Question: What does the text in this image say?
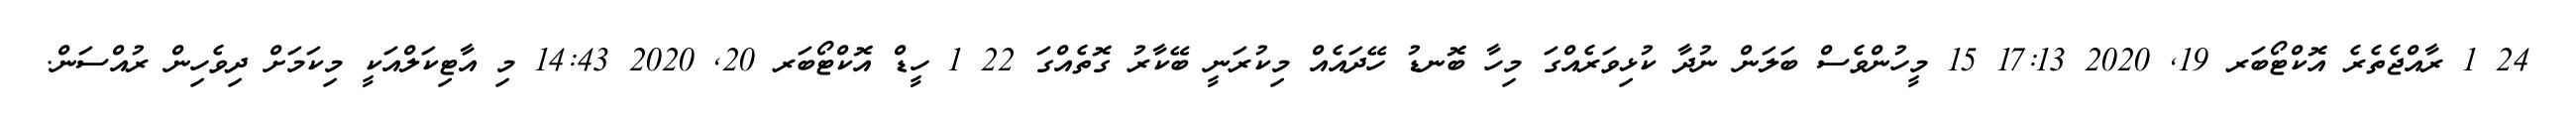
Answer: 24 1 ރާއްޖެތެރެ އޮކްޓޯބަރ 19, 2020 17:13 15 މީހުންވެސް ބަލަން ނުދާ ކުޅިވަރެއްގަ މިހާ ބޮނޑު ހޭދައެއް މިކުރަނީ ބޭކާރު ގޮތެއްގަ 22 1 ހީޑް އޮކްޓޯބަރ 20, 2020 14:43 މި އާޓިކަލްއަކީ މިކަމަށް ދިވެހިން ރުއްސަން.